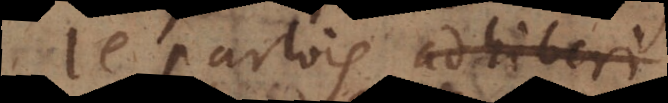
Je parlois, adhiberi